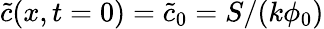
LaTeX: \tilde{c}(x,t=0)=\tilde{c}_{0}=S/(k\phi_{0})